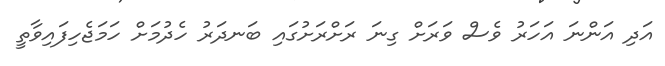
އަދި އަންނަ އަހަރު ވެސް ވަރަށް ގިނަ ރަށްރަށުގައި ބަނދަރު ހެދުމަށް ހަމަޖެހިފައިވާތީ